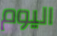
اليوم